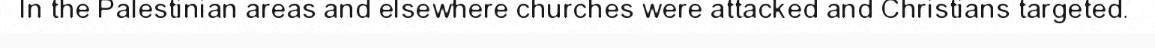
In the Palestinian areas and elsewhere churches were attacked and Christians targeted.